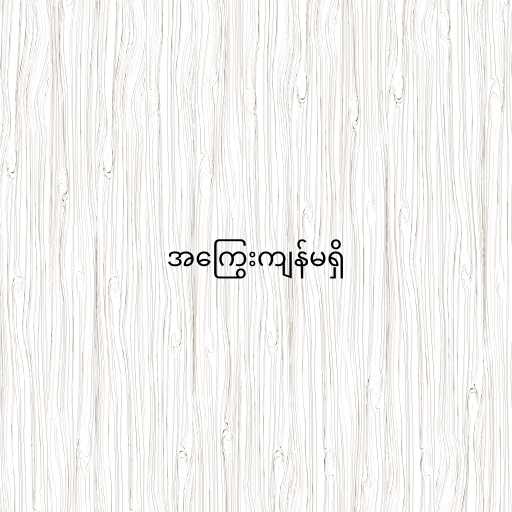
အကြွေးကျန်မရှိ